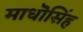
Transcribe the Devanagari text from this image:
माधॊसिंह